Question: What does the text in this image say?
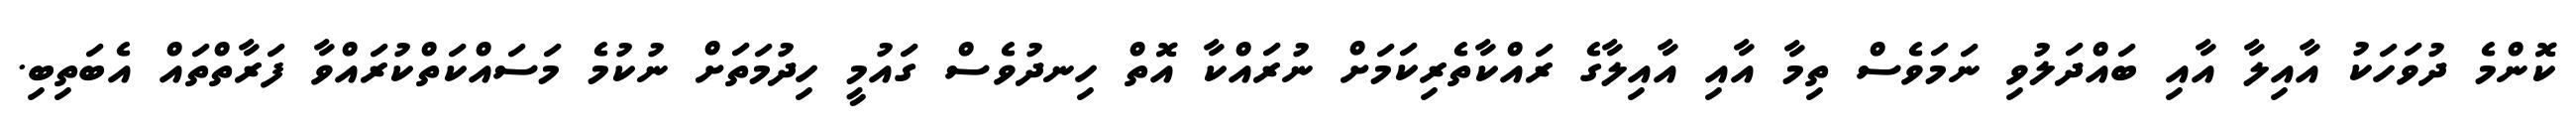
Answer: ކޮންމެ ދުވަހަކު އާއިލާ އާއި ބައްދަލުވި ނަމަވެސް ތިމާ އާއި އާއިލާގެ ރައްކާތެރިކަމަށް ނުރައްކާ އޮތް ހިނދުވެސް ގައުމީ ހިދުމަތަށް ނުކުމެ މަސައްކަތްކުރައްވާ ފަރާތްތައް އެބަތިބި.